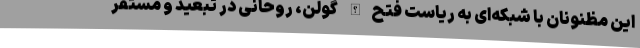
این مظنونان با شبکه‌ای به ریاست فتح‌الله گولن، روحانی در تبعید و مستقر